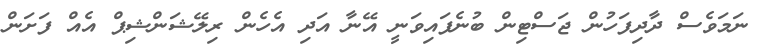
ނަމަވެސް ދާދިފަހުން ޖަސްޓިން ބުނެފައިވަނީ އޭނާ އަދި އެހެން ރިލޭޝަންޝިޕް އެއް ފަށަން